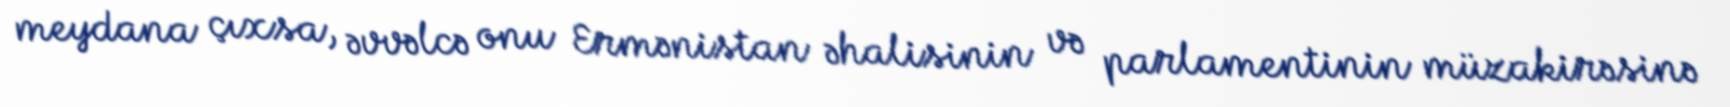
meydana çıxsa, əvvəlcə onu Ermənistan əhalisinin və parlamentinin müzakirəsinə